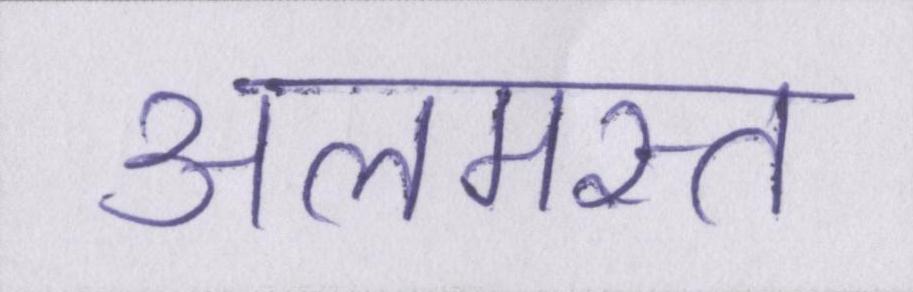
अलमस्त